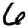
Digit: 6